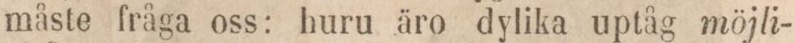
måste fråga oss: huru äro dylika uptåg möjli-